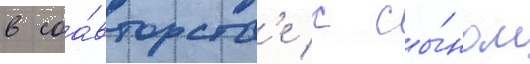
в соа́вторств'е с сы́ном